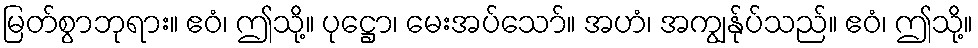
မြတ်စွာဘုရား။ ဧဝံ၊ ဤသို့။ ပုဋ္ဌော၊ မေးအပ်သော်။ အဟံ၊ အကျွန်ုပ်သည်။ ဧဝံ၊ ဤသို့။